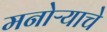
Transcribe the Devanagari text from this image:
मनोऱ्याचे